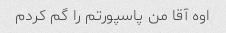
اوه آقا من پاسپورتم را گم کردم